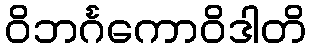
ဝိဘင်္ဂကောဝိဒါတိ